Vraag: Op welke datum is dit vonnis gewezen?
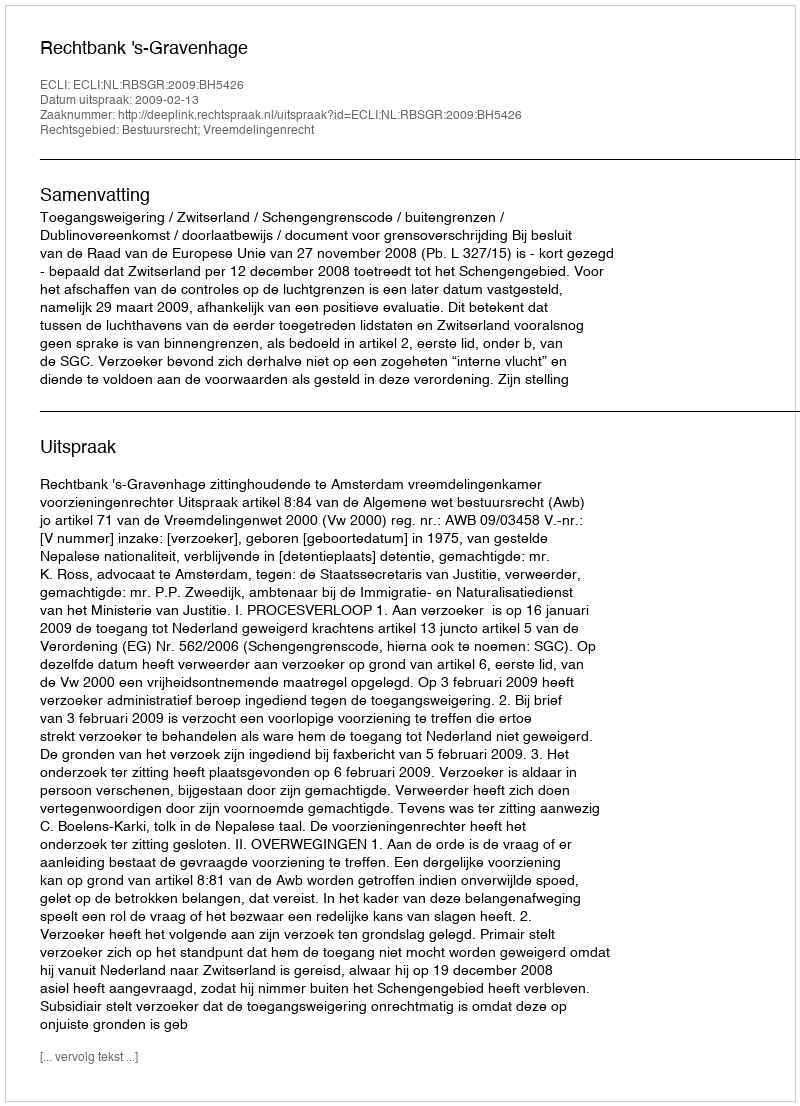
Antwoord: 2009-02-13